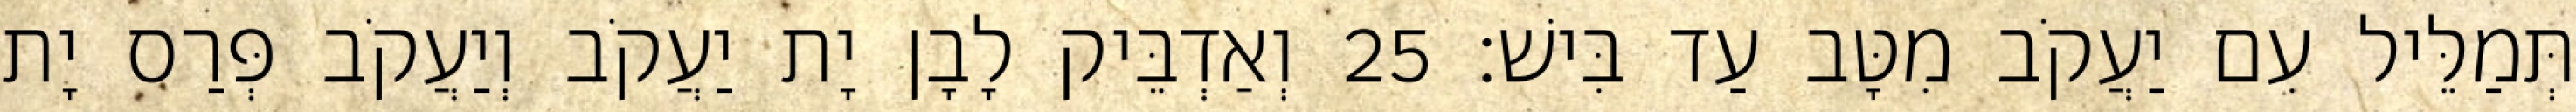
תְּמַלֵּיל עִם יַעֲקֹב מִטָּב עַד בִּישׁ׃ 25 וְאַדְבֵּיק לָבָן יָת יַעֲקֹב וְיַעֲקֹב פְּרַס יָת